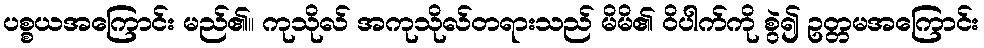
ပစ္စယအကြောင်း မည်၏။ ကုသိုလ် အကုသိုလ်တရားသည် မိမိ၏ ဝိပါက်ကို စွဲ၍ ဥတ္တမအကြောင်း